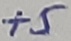
Text: +5